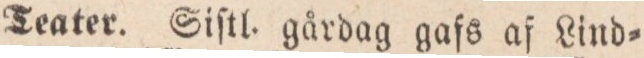
Teater. Giſtl. gårdag gafs af Lind=